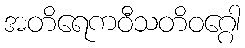
အတိရေကဝီသတိဝဂ္ဂေါ